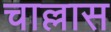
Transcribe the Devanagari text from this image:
चाल्लास